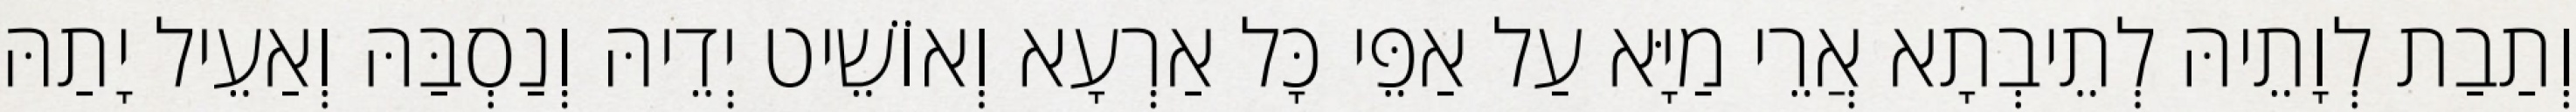
וְתַבַת לְוָתֵיהּ לְתֵיבְתָא אֲרֵי מַיָּא עַל אַפֵּי כָּל אַרְעָא וְאוֹשֵׁיט יְדֵיהּ וְנַסְבַּהּ וְאַעֵיל יָתַהּ